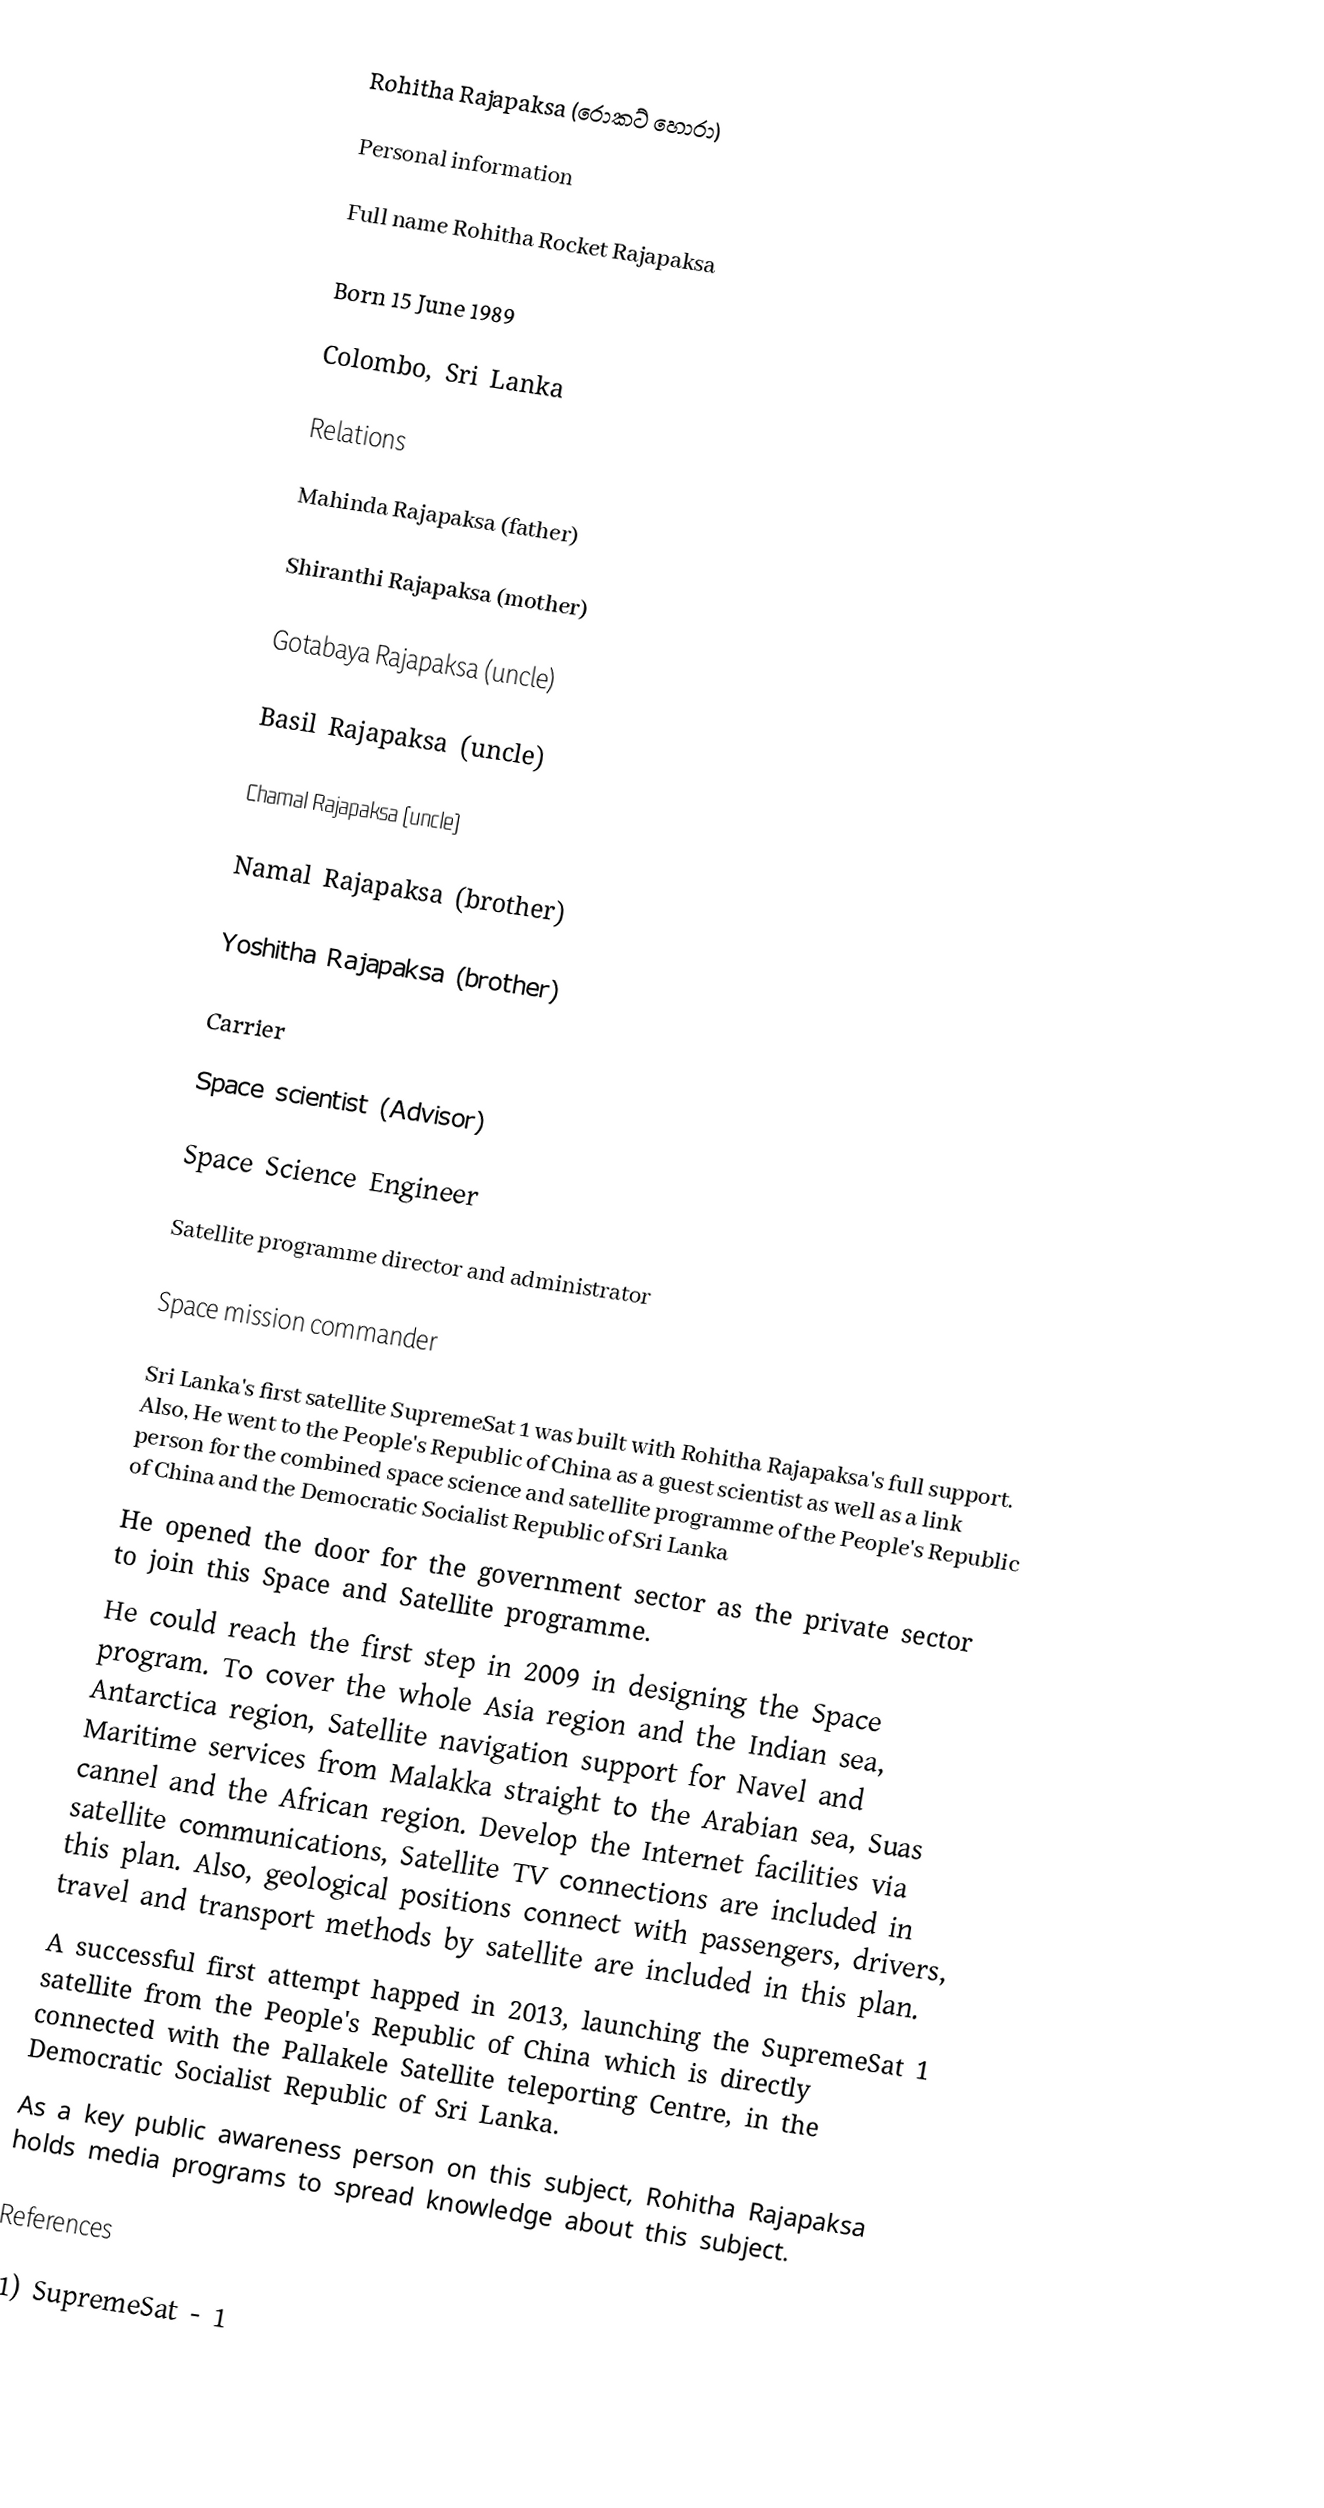
Rohitha Rajapaksa (රොකට් හොරා)

Personal information

Full name Rohitha Rocket Rajapaksa

Born 15 June 1989

Colombo, Sri Lanka

Relations

Mahinda Rajapaksa (father)

Shiranthi Rajapaksa (mother)

Gotabaya Rajapaksa (uncle)

Basil Rajapaksa (uncle)

Chamal Rajapaksa (uncle)

Namal Rajapaksa (brother)

Yoshitha Rajapaksa (brother)

Carrier

Space scientist (Advisor)

Space Science Engineer

Satellite programme director and administrator

Space mission commander

Sri Lanka's first satellite SupremeSat 1 was built with Rohitha Rajapaksa's full support. Also, He went to the People's Republic of China as a guest scientist as well as a link person for the combined space science and satellite programme of the People's Republic of China and the Democratic Socialist Republic of Sri Lanka
He opened the door for the government sector as the private sector to join this Space and Satellite programme.
He could reach the first step in 2009 in designing the Space program. To cover the whole Asia region and the Indian sea, Antarctica region, Satellite navigation support for Navel and Maritime services from Malakka straight to the Arabian sea, Suas cannel and the African region. Develop the Internet facilities via satellite communications, Satellite TV connections are included in this plan. Also, geological positions connect with passengers, drivers, travel and transport methods by satellite are included in this plan.
A successful first attempt happed in 2013, launching the SupremeSat 1 satellite from the People's Republic of China which is directly connected with the Pallakele Satellite teleporting Centre, in the Democratic Socialist Republic of Sri Lanka.
As a key public awareness person on this subject, Rohitha Rajapaksa holds media programs to spread knowledge about this subject.

References

(1) SupremeSat - 1